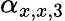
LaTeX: \alpha_{x,x,3}